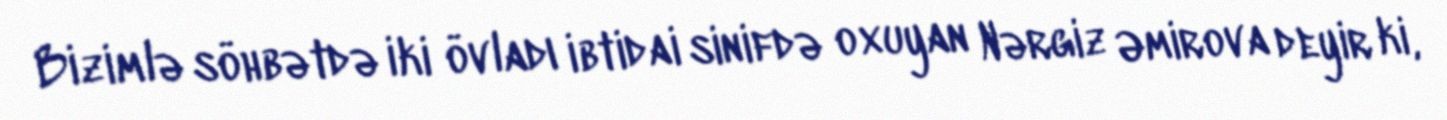
Bizimlə söhbətdə iki övladı ibtidai sinifdə oxuyan Nərgiz Əmirova deyir ki,